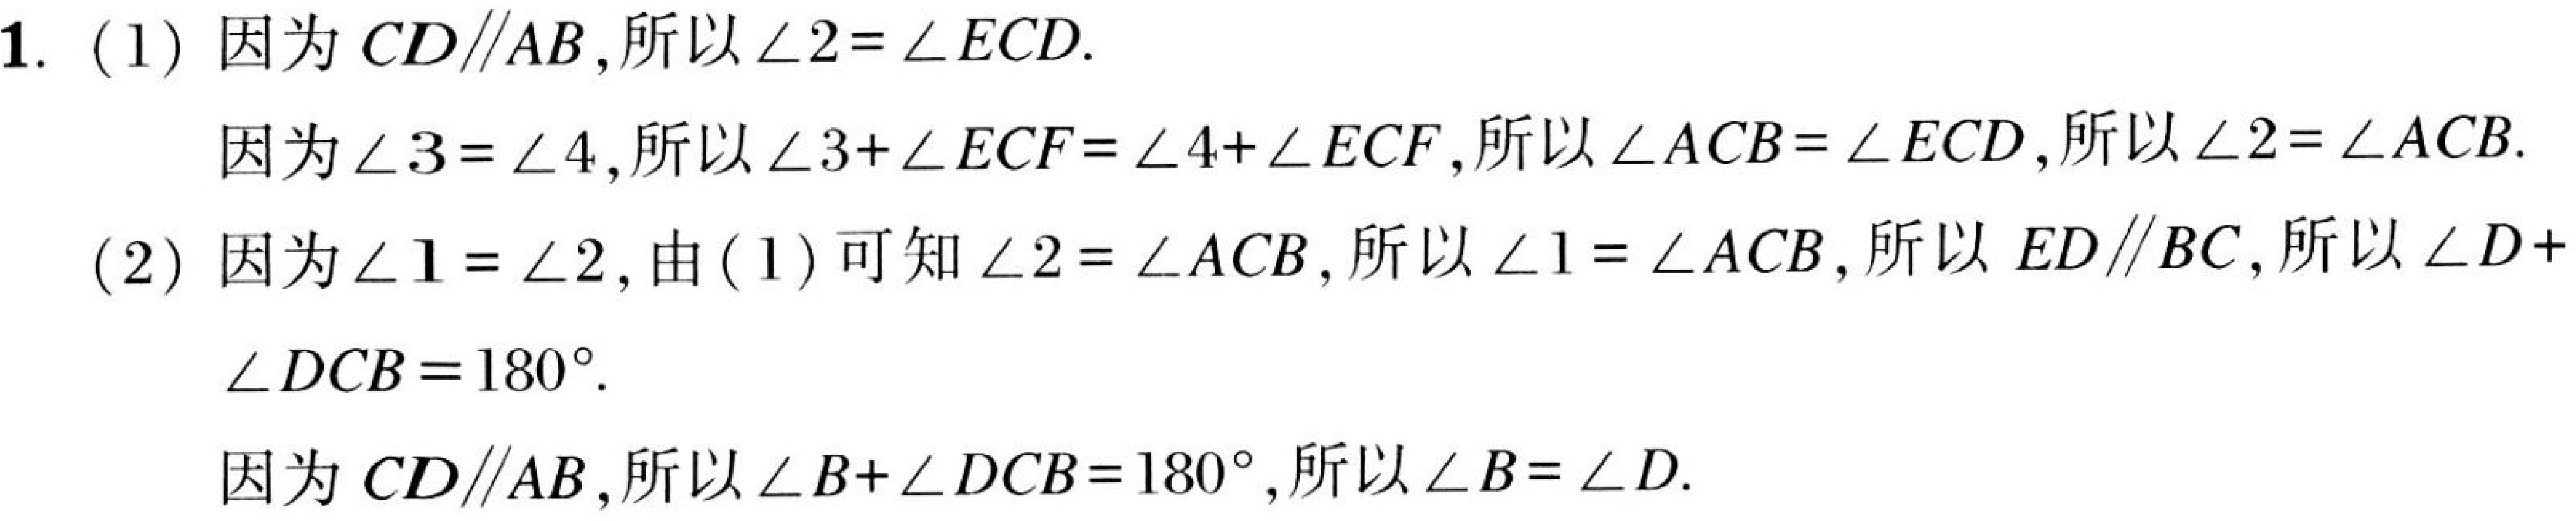
1. (1) 因为 \(CD\parallel AB\),所以\(\angle 2 = \angle ECD\).

因为\(\angle 3=\angle 4\),所以\(\angle 3+\angle ECF=\angle 4+\angle ECF\),所以\(\angle ACB=\angle ECD\),所以\(\angle 2=\angle ACB\).

(2) 因为\(\angle 1=\angle 2\),由(1) 可知\(\angle 2 = \angle ACB\),所以\(\angle 1=\angle ACB\),所以 \(ED\parallel BC\),所以\(\angle D +\)
\(\angle DCB = 180^{\circ}\).

因为 \(CD\parallel AB\),所以\(\angle B+\angle DCB = 180^{\circ}\),所以\(\angle B=\angle D\).